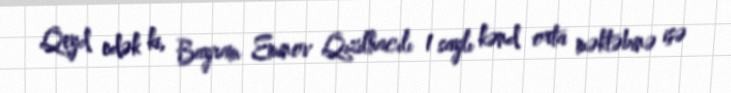
Qeyd edək ki, Bayram Eminov Qızılhacılı 1 saylı kənd orta məktəbinə işə